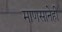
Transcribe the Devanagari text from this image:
माणसानेही